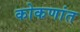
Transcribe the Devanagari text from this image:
कोकणांत